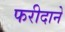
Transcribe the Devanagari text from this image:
फरीदाने